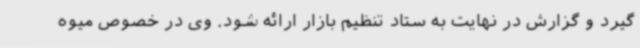
گیرد و گزارش در نهایت به ستاد تنظیم بازار ارائه شود. وی در خصوص میوه